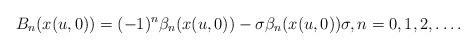
LaTeX: \begin{gather*}B_{n}(x(u,0)) =(-1) ^{n}\beta _{n}(x(u,0)) -\sigma\beta_{n}( x(u,0)) \sigma, n=0,1,2,\ldots.\end{gather*}